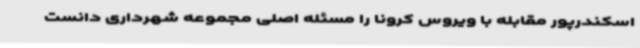
اسکندرپور مقابله با ویروس کرونا را مسئله اصلی مجموعه شهرداری دانست